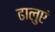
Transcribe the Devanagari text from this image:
ढालुएं